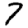
Digit: 7